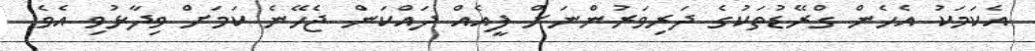
އެކަމަކު އެހެން ގްރޭޑުތަކުގެ ދަރިވަރުންނަށް ފީއެއް ދައްކަން ޖެހޭނެ ކަމަށް ވިދާޅުވި އެވެ.